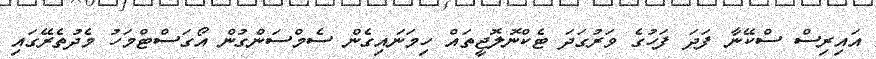
އައިރިސް ސްކޭނާ ފަދަ ފަހުގެ ވަރުގަދަ ޓެކްނޮލޮޖީތައް ހިމަނައިގެން ސެމްސަންގުން އޯގަސްޓްމަހު މެދުތެރޭގައި